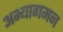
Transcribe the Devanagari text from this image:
अभ्यागमन